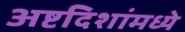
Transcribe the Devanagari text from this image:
अष्टदिशांमध्ये